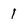
Character: 1